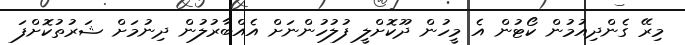
މިރޭ ގެންދިއުމުން ކޯޓުން އެ މީހުން ދޫކޮށްލީ ފުލުހުންނަށް އެއްބާރުލުން ދިނުމަށް ޝަރުތުކޮށްފަ